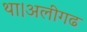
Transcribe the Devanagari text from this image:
था।अलीगढ